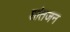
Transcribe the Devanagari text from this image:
शांतजन